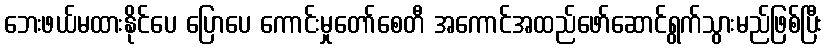
ဘေးဖယ်မထားနိုင်ပေ ပြောပေ ကောင်းမှုတော်စေတီ အကောင်အထည်ဖော်ဆောင်ရွက်သွားမည်ဖြစ်ပြီး